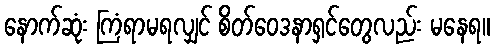
နောက်ဆုံး ကြံရာမရလျှင် စိတ်ဝေဒနာရှင်တွေလည်း မနေရ။